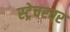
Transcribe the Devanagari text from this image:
स्ट्रेचरवर